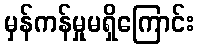
မှန်ကန်မှုမရှိကြောင်း